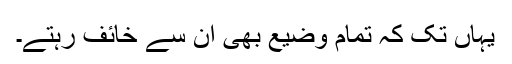
یہاں تک کہ تمام وضیع بھی ان سے خائف رہتے۔